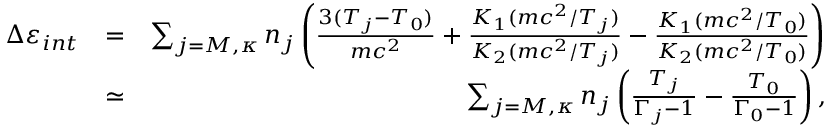
\begin{array} { r l r } { \Delta \varepsilon _ { i n t } } & { = } & { \sum _ { j = M , \kappa } n _ { j } \left( \frac { 3 ( T _ { j } - T _ { 0 } ) } { m c ^ { 2 } } + \frac { K _ { 1 } ( m c ^ { 2 } / T _ { j } ) } { K _ { 2 } ( m c ^ { 2 } / T _ { j } ) } - \frac { K _ { 1 } ( m c ^ { 2 } / T _ { 0 } ) } { K _ { 2 } ( m c ^ { 2 } / T _ { 0 } ) } \right) } \\ & { \simeq } & { \sum _ { j = M , \kappa } n _ { j } \left( \frac { T _ { j } } { \Gamma _ { j } - 1 } - \frac { T _ { 0 } } { \Gamma _ { 0 } - 1 } \right) , } \end{array}